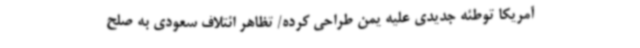
آمریکا توطئه جدیدی علیه یمن طراحی کرده/ تظاهر ائتلاف سعودی به صلح